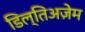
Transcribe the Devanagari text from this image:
डिल्तिअज़ेम